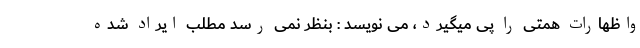
واظهارات همتی را پی میگیرد، می نویسد : بنظر نمی رسد مطلب ایراد شده